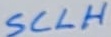
Text: SCLH